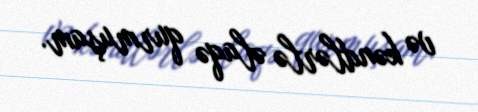
və kəndlərlə əlaqə qurmuşam.